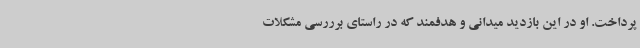
پرداخت. او در این بازدید میدانی و هدفمند که در راستای برررسی مشکلات